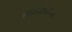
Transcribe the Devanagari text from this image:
कवड्यांच्‍या